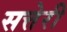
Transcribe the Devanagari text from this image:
सत्तेरी